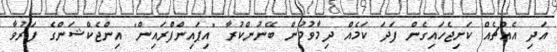
އަދި އެއްޗެއް ކަށިޖެހައިގެން ފަދަ ކަމެއް ދިމާވުމުން ބޭނުންކުރާ "އިޕައިންފްރައިން" އިންޖެކްޝަންގެ ފަރުވާ